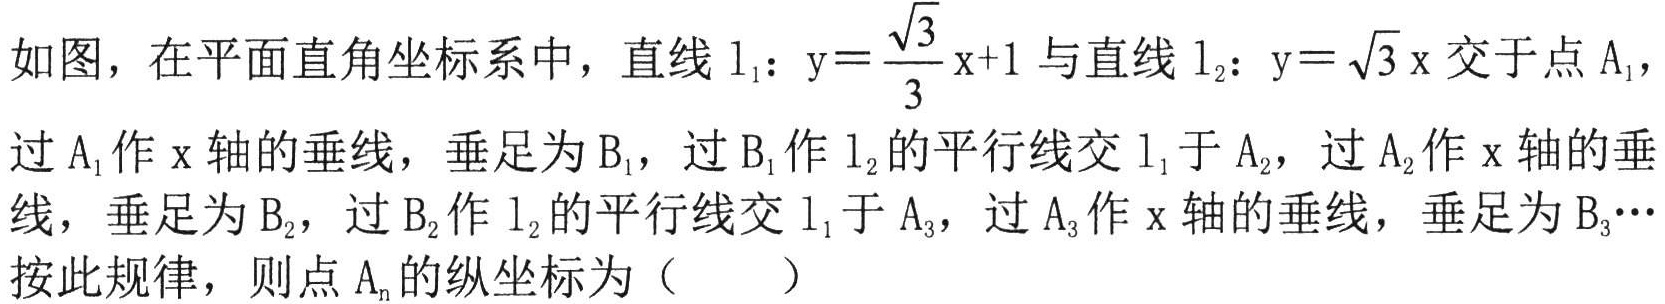
如图，在平面直角坐标系中，直线\(l_{1}:y = \frac{\sqrt{3}}{3}x + 1\)与直线\(l_{2}:y = \sqrt{3}x\)交于点\(A_{1}\)，过\(A_{1}\)作\(x\)轴的垂线，垂足为\(B_{1}\)，过\(B_{1}\)作\(l_{2}\)的平行线交\(l_{1}\)于\(A_{2}\)，过\(A_{2}\)作\(x\)轴的垂线，垂足为\(B_{2}\)，过\(B_{2}\)作\(l_{2}\)的平行线交\(l_{1}\)于\(A_{3}\)，过\(A_{3}\)作\(x\)轴的垂线，垂足为\(B_{3}\cdots\)按此规律，则点\(A_{n}\)的纵坐标为（  ）